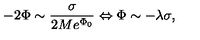
- 2 \Phi \sim \frac { \sigma } { 2 M e ^ { \Phi _ { 0 } } } \Leftrightarrow \Phi \sim - \lambda \sigma ,